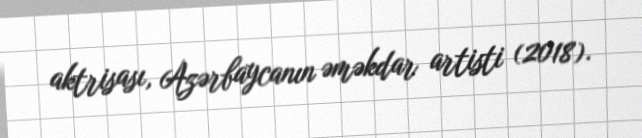
aktrisası, Azərbaycanın əməkdar artisti (2018).